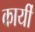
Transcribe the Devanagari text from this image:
कार्यी